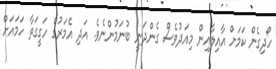
ހޯދިގެން ކަމަށް އާއިލާއިން މިއަދުވެސް ގެންދަނީ ބުނަމުންނެވެ. އަދި އެމަރުގެ ހަގީގަތާ ހަމައަށް